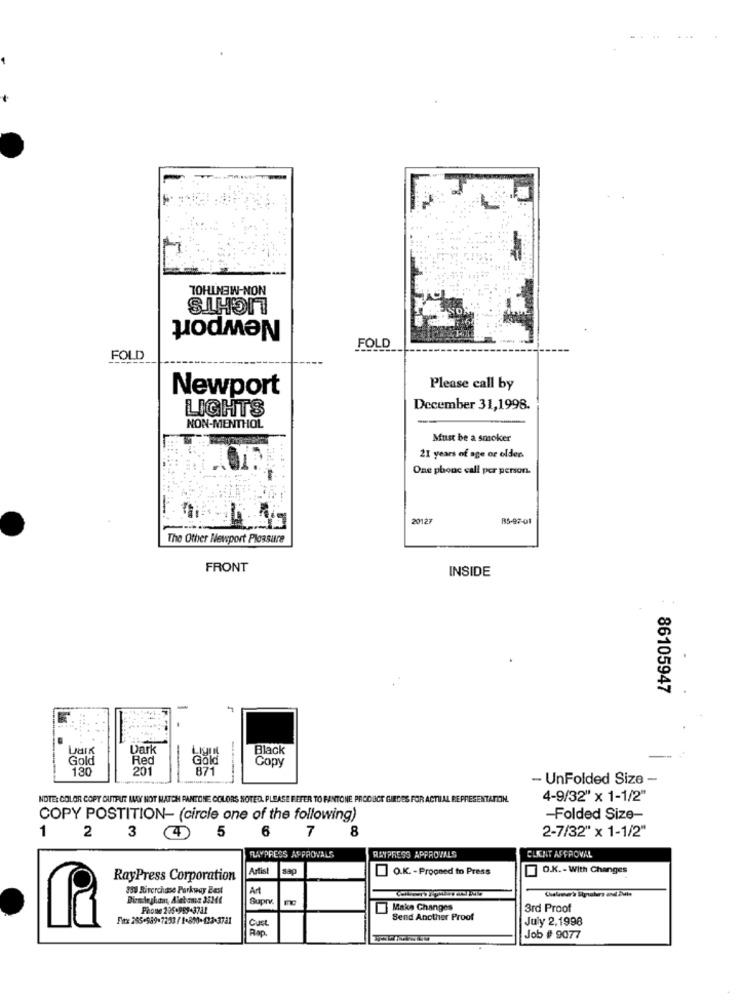
NON-MENTHOL
LIGHTS
Newport
FOLD
FOLD
Newport
Please call by
LIGHTS
December 31,1998.
NON-MENTHOL
Must be a smoker
21 years of age or older
One phone call per person.
20127
85-97-01
The Other Newport Plossure
FRONT
INSIDE
86105947
Dark
Black
Gold
Red
Copy
130
201
Gold
- UnFolded Size -
NOTE: COLOR COPY OUTPUT LUY NOT MATCH PANTONE COLORS NOTED. PLEASE REFER TO FANTONE PRODUCT GIRDES FOR ACTIIAL REPRESENTATION.
4-9/32" x 1-1/2"
COPY POSTITION- (circle one of the following)
-Folded Size-
1
3
4
5
6
8
2-7/32" x 1-1/2"
2
7
FLAYPRESS APPROVALS
RATPRESS APPROVALS
CLIENT AFFROVAL
Artist
O.K. - Prooned to Press
O.K .- With Changes
RayPress Corporation
380 Riverchase Parkway Best
Art
Supr
Fhone 205.989-3731
Make Changes
3rd Proof
Cust.
Send Another Proof
July 2,1998
Rap.
Job # 9077